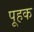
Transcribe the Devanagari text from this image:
पूहक